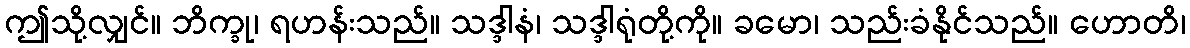
ဤသို့လျှင်။ ဘိက္ခု၊ ရဟန်းသည်။ သဒ္ဒါနံ၊ သဒ္ဒါရုံတို့ကို။ ခမော၊ သည်းခံနိုင်သည်။ ဟောတိ၊